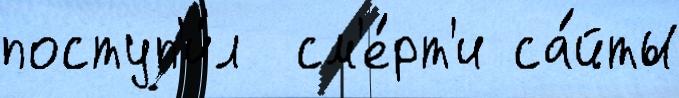
поступ'и́л  см'е́рт'и са́йты